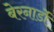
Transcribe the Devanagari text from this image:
बेरनार्डो